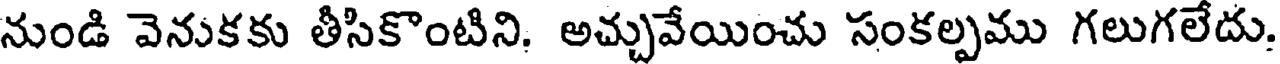
నుండి వెనుకకు తీసికొంటిని. అచ్చువేయించు సంకల్పము గలుగలేదు